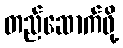
တည်ဆောက်ဖို့